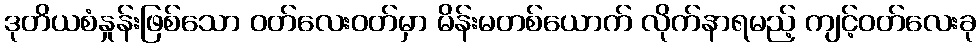
ဒုတိယစံနှုန်းဖြစ်သော ဝတ်လေးဝတ်မှာ မိန်းမတစ်ယောက် လိုက်နာရမည့် ကျင့်ဝတ်လေးခု